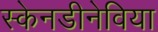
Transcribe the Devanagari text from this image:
स्केनडीनेविया